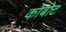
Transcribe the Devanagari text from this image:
कोबोट